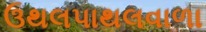
ઉથલપાથલવાળા